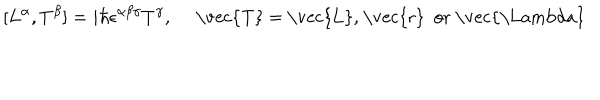
LaTeX: [ L ^ { \alpha } , T ^ { \beta } ] = i \hbar \epsilon ^ { \alpha \beta \gamma } T ^ { \gamma } , \quad \mathrm { ~ \vec { T } ~ = ~ \vec { L } , ~ \vec { r } ~ o r ~ \vec { \Lambda } ~ }